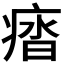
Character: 𭼖